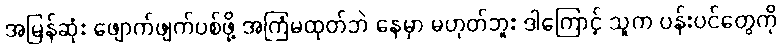
အမြန်ဆုံး ဖျောက်ဖျက်ပစ်ဖို့ အကြံမထုတ်ဘဲ နေမှာ မဟုတ်ဘူး ဒါကြောင့် သူက ပန်းပင်တွေကို